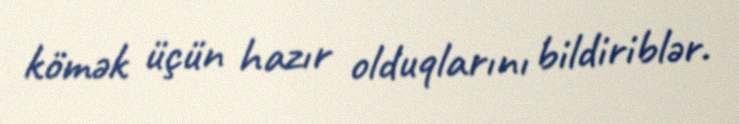
kömək üçün hazır olduqlarını bildiriblər.